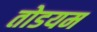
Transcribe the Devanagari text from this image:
तोडयम